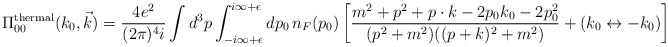
\begin{align*}\Pi_{00}^{\rm thermal}(k_{0},\vec{k}) = {4e^{2}\over (2\pi)^{4}i} \int d^{3}p\int_{-i\infty+\epsilon}^{i\infty+\epsilon} dp_{0}\,n_{F}(p_{0})\left[{m^{2}+ p^{2} + p\cdot k - 2p_{0}k_{0} - 2p_{0}^{2}\over(p^{2}+m^{2})((p+k)^{2}+m^{2})} + (k_{0}\leftrightarrow -k_{0})\right]\end{align*}